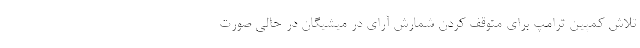
تلاش کمپین ترامپ برای متوقف کردن شمارش آرای در میشیگان در حالی صورت